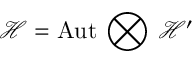
\mathcal { H } = \mathrm { A u t } \, \bigotimes \, \mathcal { H } ^ { \prime }